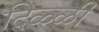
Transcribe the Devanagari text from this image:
दिळ्ळी